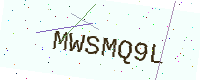
Text: MWSMQ9L